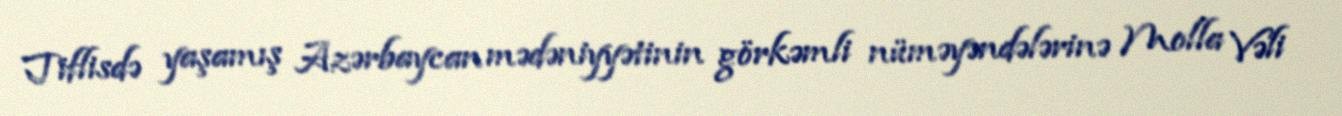
Tiflisdə yaşamış Azərbaycan mədəniyyətinin görkəmli nüməyəndələrinə Molla Vəli